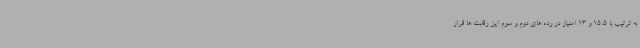
به ترتیب با 15.5 و 13 امتیاز در رده های دوم و سوم این رقابت ها قرار